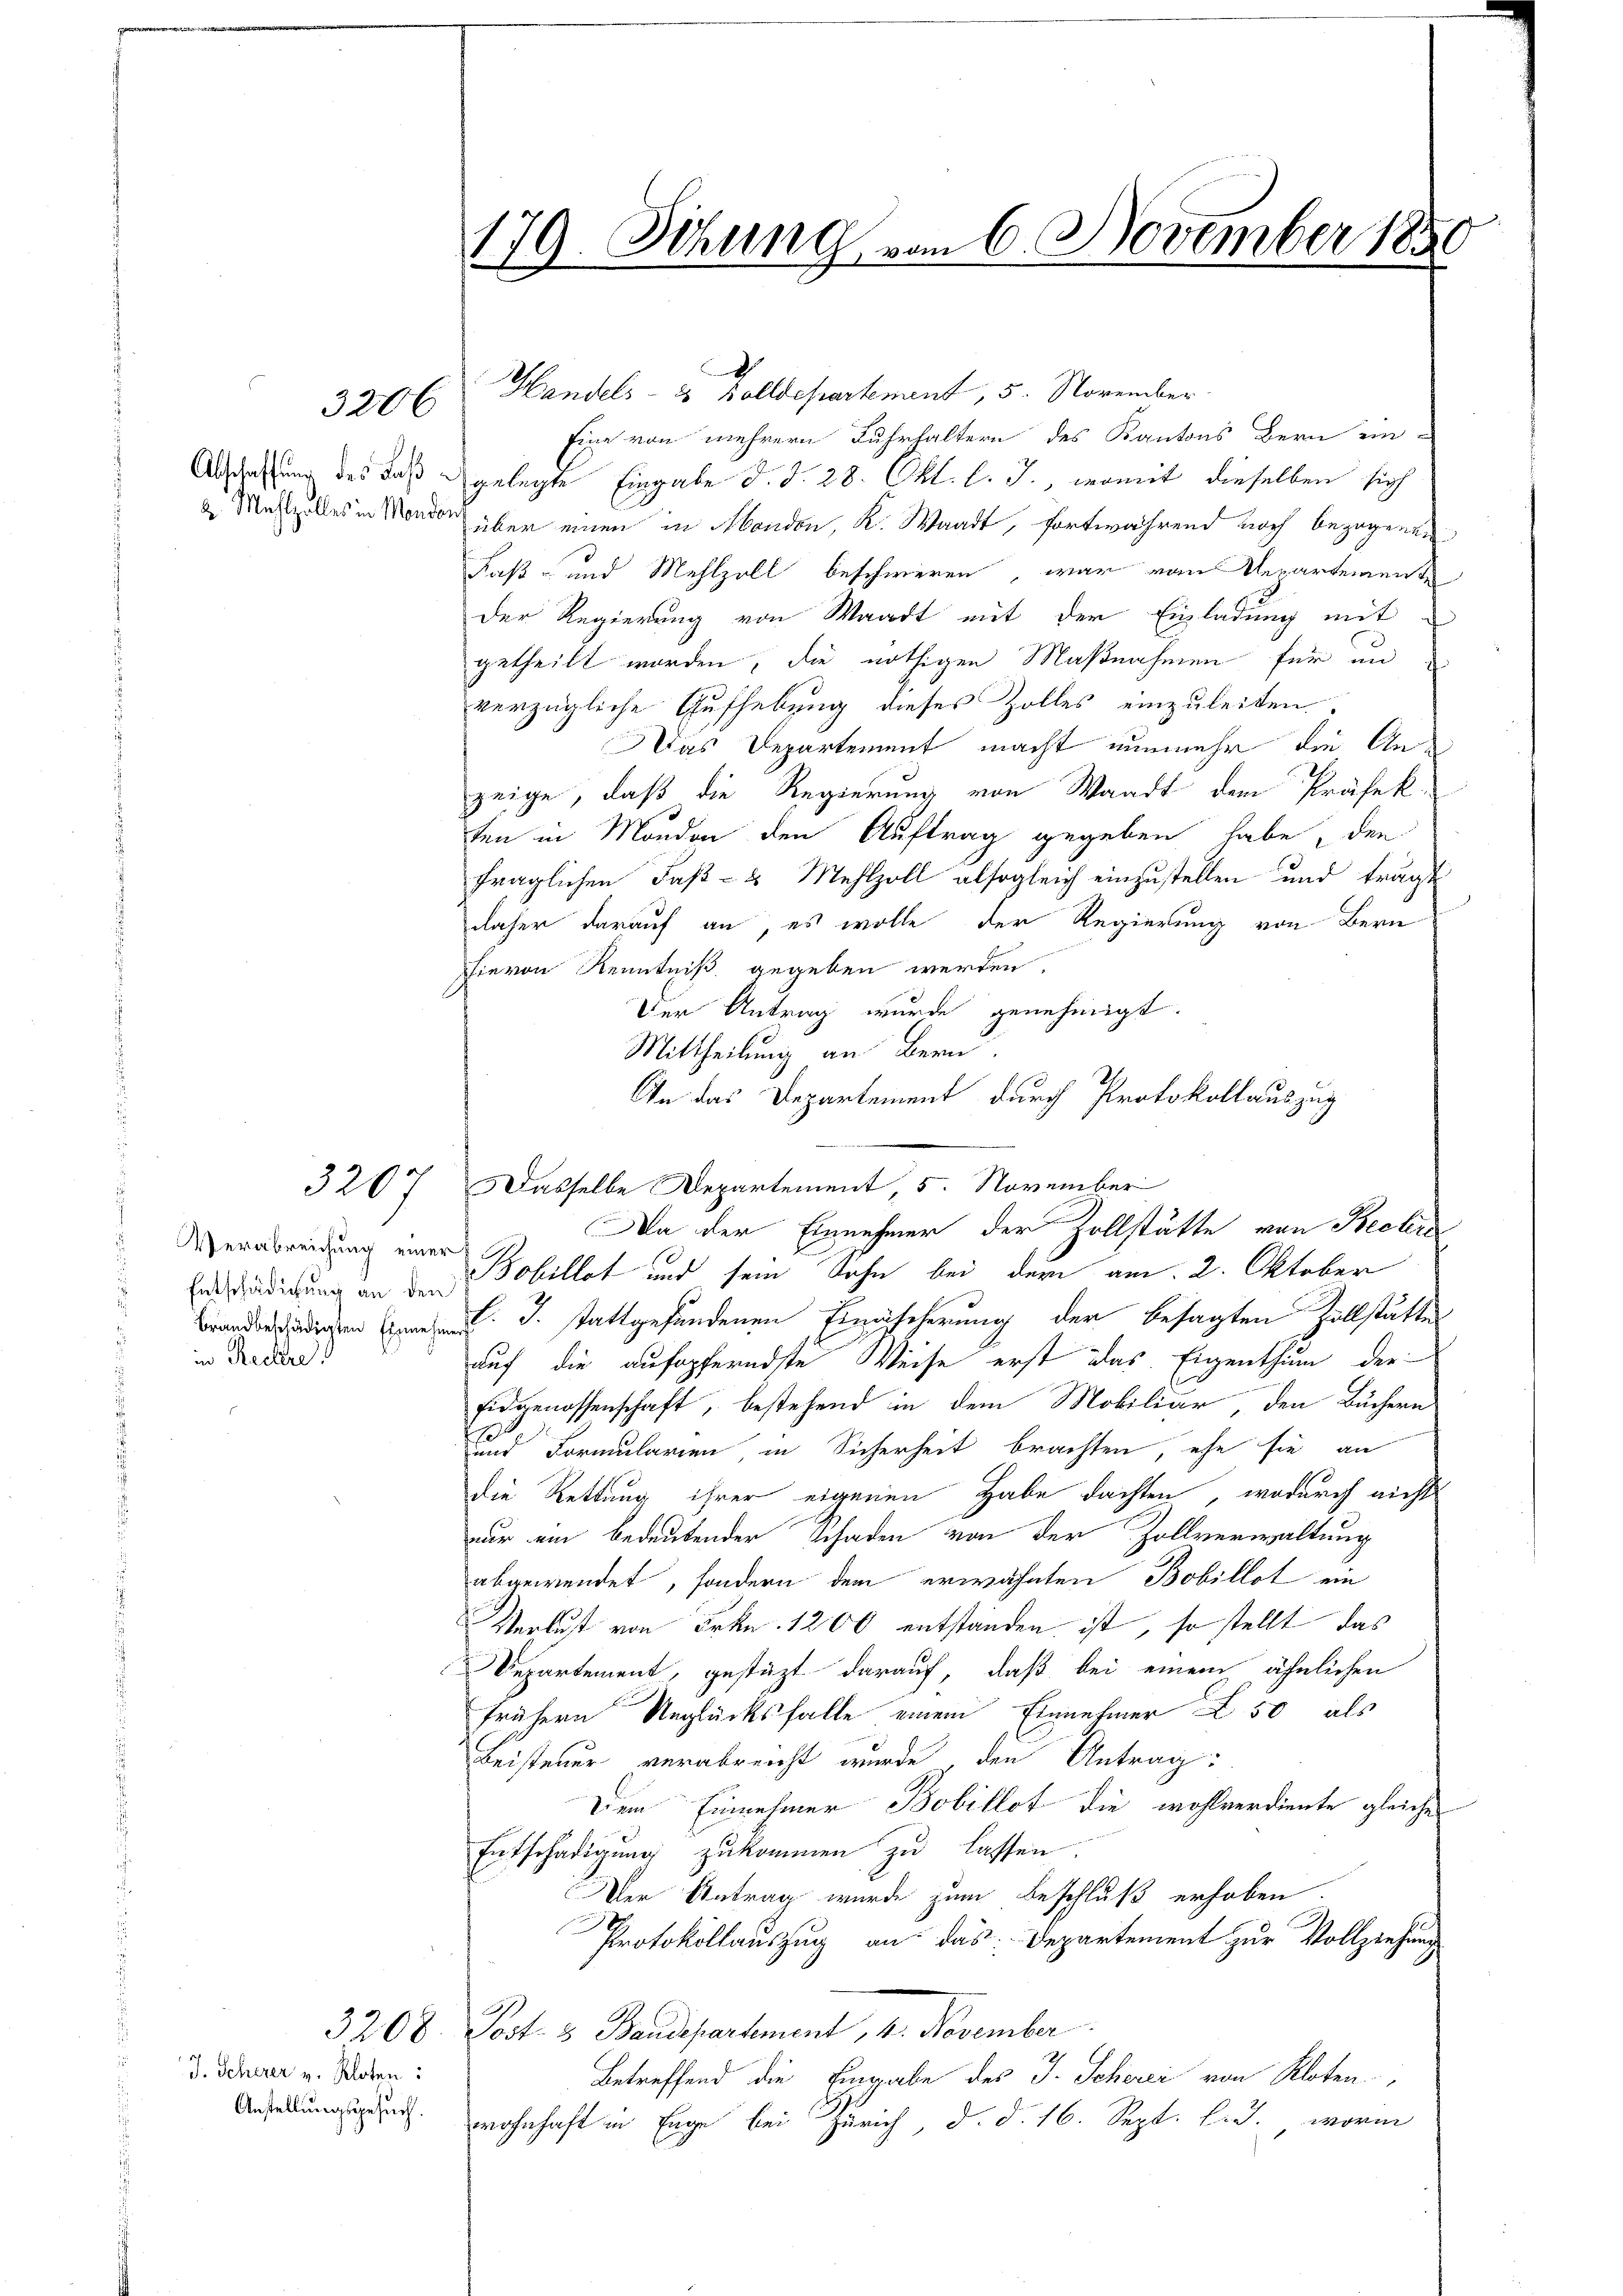
3206

320

Verabreichung einersin Rechre

J. Scherer v. Kloten:
Anstellungsgesuch.

179. Sitzung vom 6. November 1880

Handels- 2 Zolldepartement, 5. November.
Eine von mehrern Fuhrhaltern des Kantons Bern ein-
Abschaffung des daß gelegte Eingabe d. d. 28. Okt. l. J., womit dieselben sich
 Mahlzelles in Monder über einen in Mondon, K. Waadt, fortwährend noch bezogenen
Faß- und Mehlzoll beschweren, war von Verartemente
Der Regierung von Waadt mit der Einladung mit
getheilt worden, die nöthigen Maßnahmen für un
verzügliche Aufhebung dieses Zolles einzuleiten.
Das Departement macht nunmehr die Anzeige, daß die Regierung von Waadt dem Präfek
ten in Monden den Auftrag gegeben habe, den
fraglichen Faß- & Mehlzoll alsogleich einzustellen und trägt
daher darauf an, es wolle der Regierung von Bern
hievon Kenntniß gegeben werden.
Der Antrag wurde genehmigt.
Mittheilung an Bern
Dasselbe Departement, 5. November
Erdstradigung an den Tobillet und sein Sohn bei der am 2. Oktober
branderledigen Einen. J. stattgefundenen Einäscherung der besagten Zollstätte
auf die aufopferndste Weise erst das Eigenthum der
Eidgenossenschaft, bestehend in dem Mobiliar, den Büchern
h
und Formularien, in Sicherheit brachten, ehe sie an
die Rettung ihrer eigenen Habe dachten, wodurch nicht
nur ein bedeutender Schaden von der Zollverwaltung
abgewendet, sondern dem erwähnten Bobillet ein
Verlust von Frkn. 1200 entstanden ist, so stellt das
Departement, gestützt darauf, daß bei einem ähnlichen
frühern Unglücksfalle einem Einnehmer 50 als
Beisteuer verabreicht wurde den Antrag:
Dem Einnehmer Bobillot die wohlverdiente gleiche
Entschädigung zukommen zu lassen.
Der Antrag wurde zum Beschluß erhoben.
Protokollauszug an das Departement zur Vollziehung
3200. Lost- & Baudepartement, 1. November.
Betreffend die Eingabe des J. Scherei von Kloten
wohnhaft in Enge bei Zürich, d. d. 16. Sept. l. J. worin

In das Departement durch Protokollauszug
Da der Einnehmer der Zollstätte von Becken